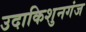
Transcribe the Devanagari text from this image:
उदाकिशुनगंज